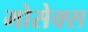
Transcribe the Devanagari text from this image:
मोसेक्स